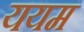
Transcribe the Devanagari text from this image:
ययम